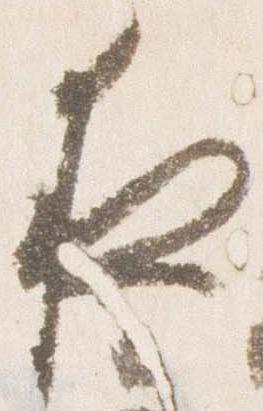
夜